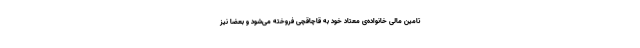
تامین مالی خانواده‌ی معتاد خود به قاچاقچی فروخته می‌شود و بعضا نیز